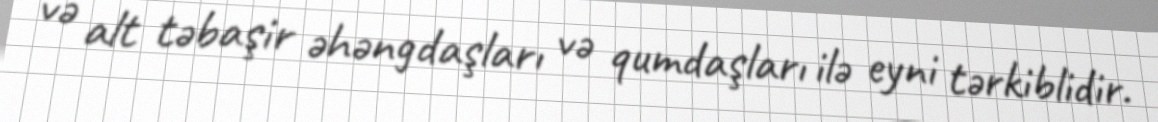
və alt təbaşir əhəngdaşları və qumdaşları ilə eyni tərkiblidir.